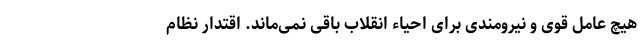
هیچ عامل قوی و نیرومندی برای احیاء انقلاب باقی نمی‌ماند. اقتدار نظام